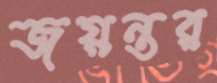
জয়ন্তর